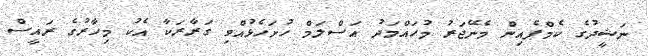
ނަޝީދުގެ ކެމްޕެއިން މެނޭޖަރު މުހައްމަދު އަސްލަމް ހުށަހެޅުއްވި ގަރާރަކާ އެކު މިހާރުގެ ރައީސް